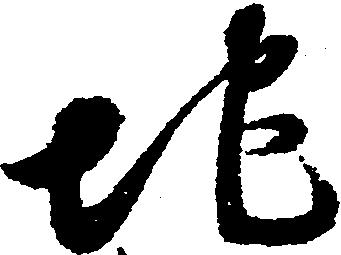
地